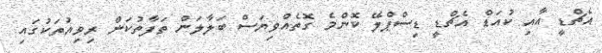
އެޗްޑީ އާއި ކުއަޑް އެޗްޑީ ޑިސްޕްލޭ ކޮންމެ ގޮތެއްވިޔަސް ބަލާލަން ތަފާތުކަން ރިވިއުތަކުގައި